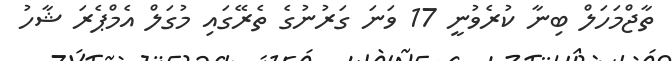
ތާޖްމަހަލް ބިނާ ކުރެވުނީ 17 ވަނަ ގަރުނުގެ ތެރޭގައި މުގަލް އެމްޕެރަ ޝާހު